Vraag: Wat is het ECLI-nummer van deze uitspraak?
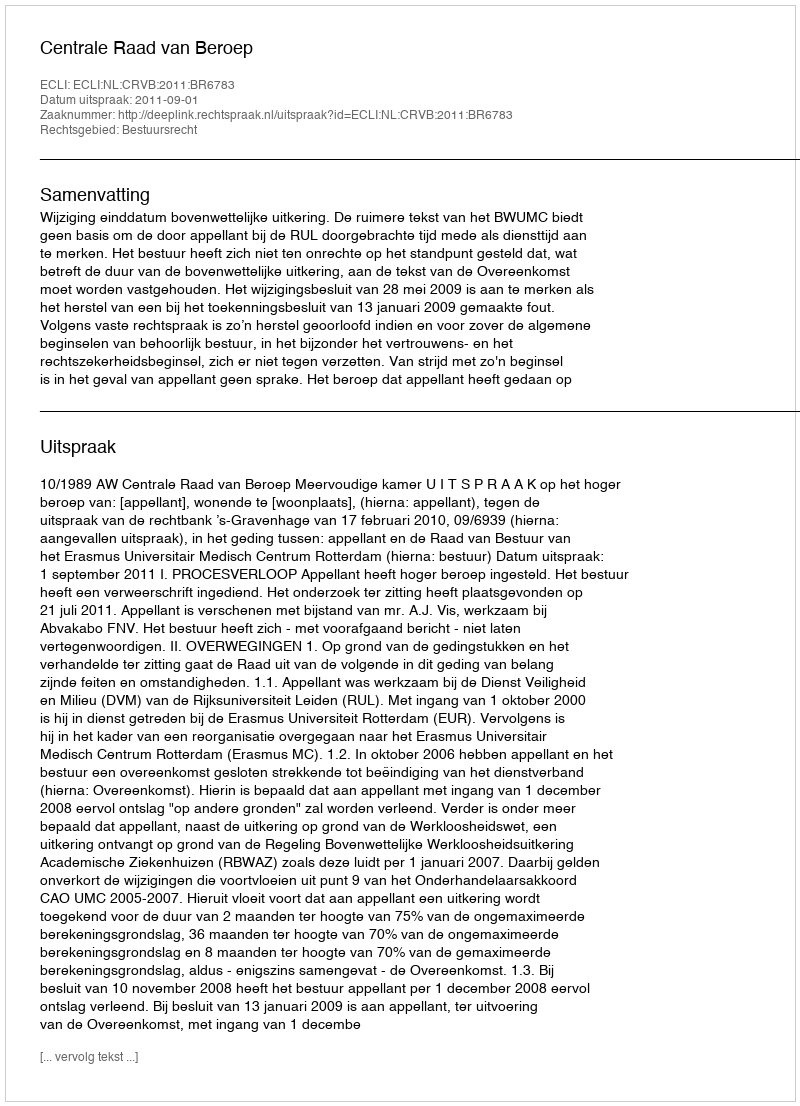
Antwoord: ECLI:NL:CRVB:2011:BR6783